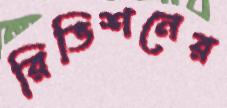
রিভিশনের